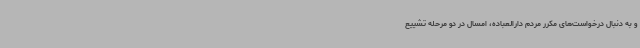
و به دنبال درخواست‌های مکرر مردم دارالعباده، امسال در دو مرحله تشییع